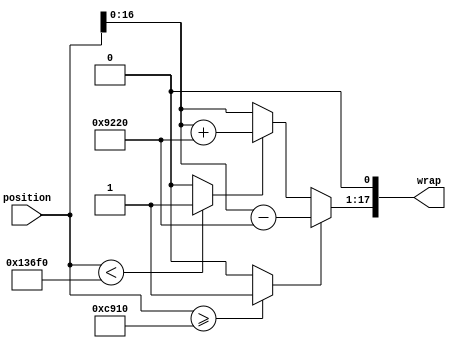
module controllerHdl_Wrap_NegPi_To_Pi
          (
           position,
           wrap
          );
  input   signed [18:0] position;  
  output  signed [17:0] wrap;  
  wire signed [18:0] Constant1_out1;  
  wire signed [18:0] Constant_out1;  
  wire Relational_Operator1_relop1;
  wire position_less_than_pi;
  wire signed [19:0] Data_Type_Conversion_out1;  
  wire signed [18:0] Constant3_out1;  
  wire Relational_Operator_relop1;
  wire position_greater_than_pi;
  wire signed [19:0] Add1_add_cast;  
  wire signed [19:0] Add1_add_cast_1;  
  wire signed [19:0] wrap_position_less_than_neg_pi;  
  wire signed [19:0] Switch2_out1;  
  wire signed [18:0] Constant2_out1;  
  wire signed [19:0] Add_sub_cast;  
  wire signed [19:0] Add_sub_cast_1;  
  wire signed [19:0] wrap_position_greater_than_pi;  
  wire signed [19:0] Switch1_out1;  
  wire signed [17:0] Angle_Data_Type_out1;  
  assign Constant1_out1 = 19'sb0001100100100010000;
  assign Constant_out1 = 19'sb1110011011011110000;
  assign Relational_Operator1_relop1 = (position < Constant_out1 ? 1'b1 :
              1'b0);
  assign position_less_than_pi = Relational_Operator1_relop1;
  assign Data_Type_Conversion_out1 = position;
  assign Constant3_out1 = 19'sb0011001001000100000;
  assign Relational_Operator_relop1 = (position >= Constant1_out1 ? 1'b1 :
              1'b0);
  assign position_greater_than_pi = Relational_Operator_relop1;
  assign Add1_add_cast = position;
  assign Add1_add_cast_1 = Constant3_out1;
  assign wrap_position_less_than_neg_pi = Add1_add_cast + Add1_add_cast_1;
  assign Switch2_out1 = (position_less_than_pi == 1'b0 ? Data_Type_Conversion_out1 :
              wrap_position_less_than_neg_pi);
  assign Constant2_out1 = 19'sb0011001001000100000;
  assign Add_sub_cast = position;
  assign Add_sub_cast_1 = Constant2_out1;
  assign wrap_position_greater_than_pi = Add_sub_cast - Add_sub_cast_1;
  assign Switch1_out1 = (position_greater_than_pi == 1'b0 ? Switch2_out1 :
              wrap_position_greater_than_pi);
  assign Angle_Data_Type_out1 = {Switch1_out1[16:0], 1'b0};
  assign wrap = Angle_Data_Type_out1;
endmodule